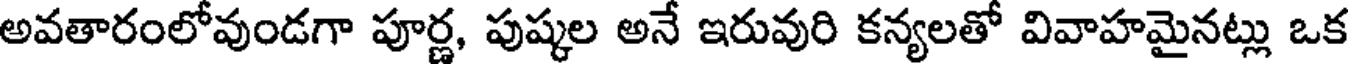
అవతారంలోవుండగా పూర్ణ, పుష్కల అనే ఇరువురి కన్యలతో వివాహమైనట్లు ఒక